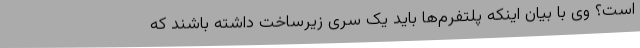
است؟ وی با بیان اینکه پلتفرم‌ها باید یک سری زیرساخت داشته باشند که